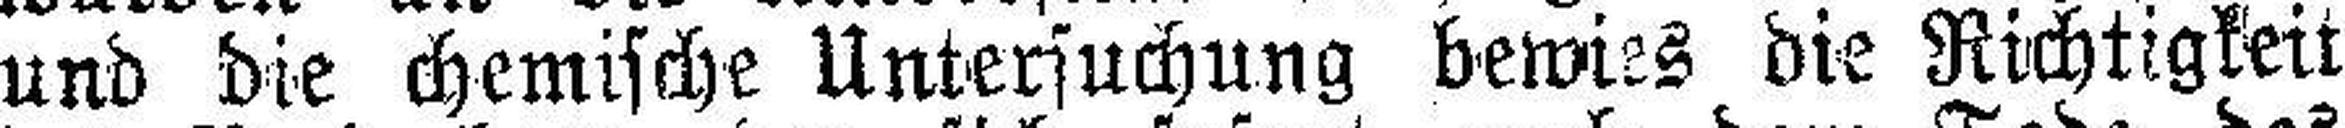
und die chemische Untersuchung bewies die Richtigkeit